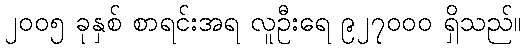
၂၀၀၅ ခုနှစ် စာရင်းအရ လူဦးရေ ၉၂၇၀၀၀ ရှိသည်။